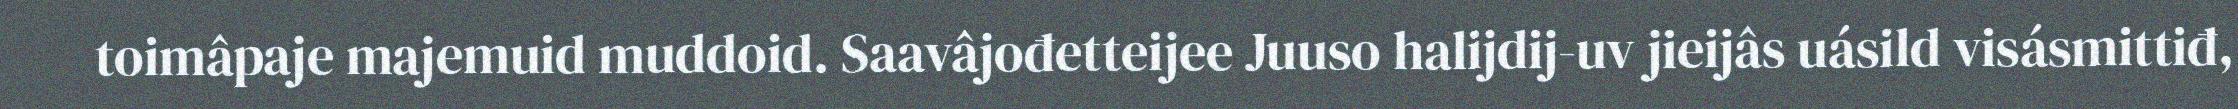
toimâpaje majemuid muddoid. Saavâjođetteijee Juuso halijdij-uv jieijâs uásild visásmittiđ,